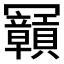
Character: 𠖫